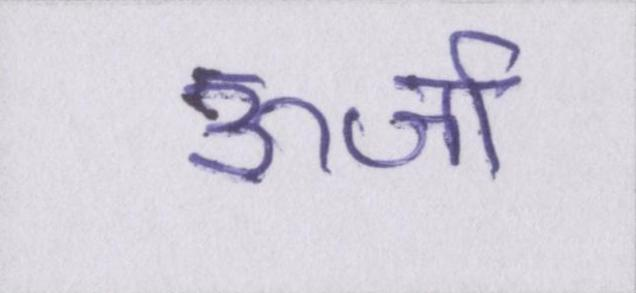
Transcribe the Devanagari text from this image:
ऊर्जा